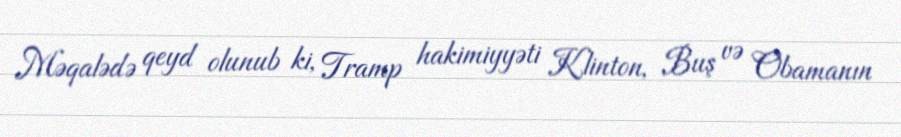
Məqalədə qeyd olunub ki, Tramp hakimiyyəti Klinton, Buş və Obamanın